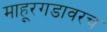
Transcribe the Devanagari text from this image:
माहूरगडावरच